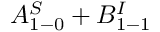
A _ { 1 - 0 } ^ { S } + B _ { 1 - 1 } ^ { I }